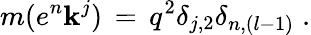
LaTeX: m(e^{n}\mathbf{k}^{j})\, =\, q^{2}\delta_{j,2}\delta_{n,(l-1)}\; .